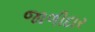
જાળીદાર